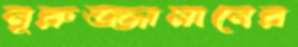
নূরুজ্জামানের